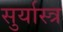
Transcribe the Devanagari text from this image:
सुर्यास्त्र